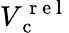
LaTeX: V_{\mathrm{~c~}}^{\mathrm{~r~e~l~}}